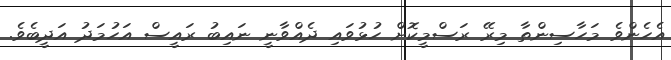
އެހެންވެ މަހާސިންތާ މިރޭ ރަސްމީކޮށް ހުޅުވައި ދެއްވާނީ ނައިބު ރައީސް އަހުމަދު އަދީބެވެ.